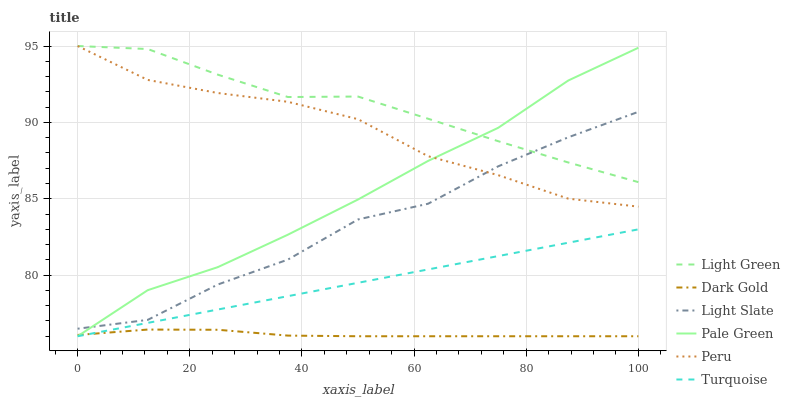
| xaxis_label | Light Green | Dark Gold | Light Slate | Pale Green | Peru | Turquoise |
 | --- | --- | --- | --- | --- | --- | --- |
 | 0 | 95 | 76.1 | 76.5 | 76 | 95 | 76 |
 | 12.5 | 94.8 | 76.4 | 77.1 | 79 | 92.8 | 76.9 |
 | 25 | 93.1 | 76.4 | 79.4 | 80.5 | 91.9 | 77.7 |
 | 37.5 | 91.7 | 76 | 81 | 82.6 | 91.3 | 78.6 |
 | 50 | 91.7 | 76 | 83.6 | 85 | 90.2 | 79.5 |
 | 62.5 | 90.2 | 76 | 84.7 | 87.5 | 87.8 | 80.4 |
 | 75 | 88.8 | 76 | 87.1 | 89.6 | 86.5 | 81.2 |
 | 87.5 | 87.4 | 76 | 89 | 92.7 | 85 | 82.1 |
 | 100 | 86.1 | 76 | 90.7 | 94.9 | 84.5 | 83 |